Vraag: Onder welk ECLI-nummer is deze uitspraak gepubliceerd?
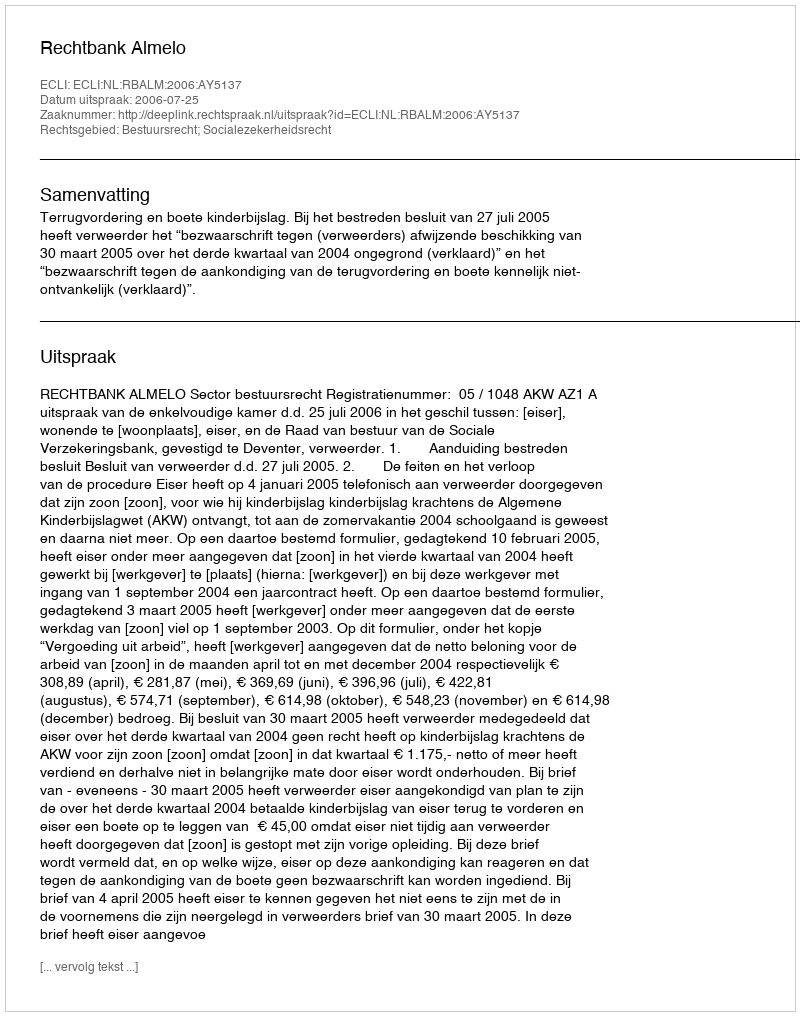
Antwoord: ECLI:NL:RBALM:2006:AY5137